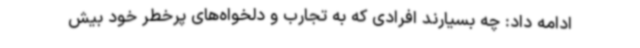
ادامه داد: چه بسیارند افرادی که به تجارب و دلخواه‌های پرخطر خود بیش